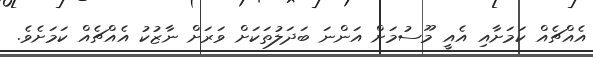
އެއްޗެއް ކަމަށާއި އެއީ މޫސުމަށް އަންނަ ބަދަލުތަކަށް ވަރަށް ނާޒުކު އެއްޗެއް ކަމަށެވެ.